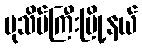
ပုသိမ်ကြီးမြို့နယ်